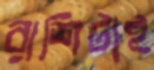
রাশিটাই